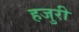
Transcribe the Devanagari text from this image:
हजुरी